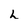
Character: L